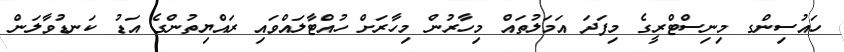
ހައުސިންގ މިނިސްޓްރީގެ މިފަދަ އަމަލުތައް މިހާރުން މިހާރަށް ހުއްޓާލައްވައި ރައްޔިތުންގެ އަޑު ކަނޑުވާލަން